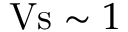
\mathrm { V s } \sim 1